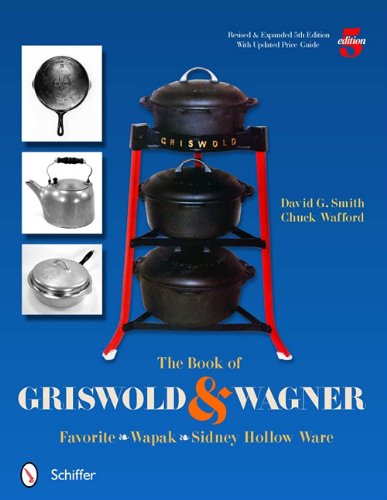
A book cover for The Book of Griswold and Wagner: Favorite Wapak, Sidney Hollow Ware; David G. Smith; Crafts, Hobbies & Home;